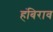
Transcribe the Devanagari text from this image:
हंबिराव